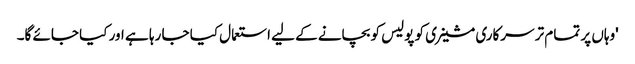
'وہاں پر تمام تر سرکاری مشینری کو پولیس کو بچانے کے لیے استعمال کیا جا رہا ہے اور کیا جائے گا۔